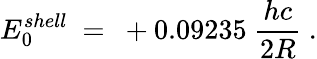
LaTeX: E_{0}^{shell}\ =\ +0.09235\ \frac{hc}{2R}\ .